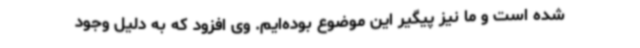
شده است و ما نیز پیگیر این موضوع بوده‌ایم. وی افزود که به دلیل وجود